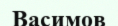
Васимов